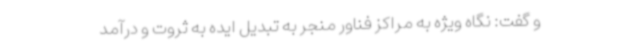
و گفت: نگاه ویژه به مراکز فناور منجر به تبدیل ایده به ثروت و درآمد